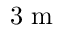
\mathrm { 3 ~ m }